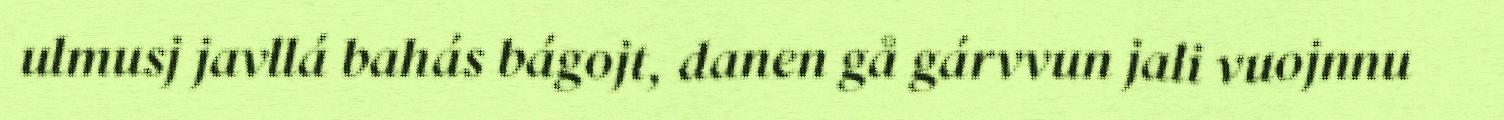
ulmusj javllá bahás bágojt, danen gå gárvvun jali vuojnnu